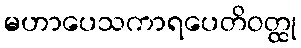
မဟာပေသကာရပေတိဝတ္ထု